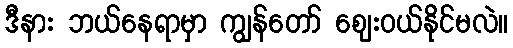
ဒီနား ဘယ်နေရာမှာ ကျွန်တော် ဈေးဝယ်နိုင်မလဲ။